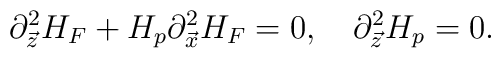
\partial^{2}_{\vec{z}}H_{F}+H_{p}\partial^{2}_{\vec{x}}H_{F}=0, \ \ \ \partial^2_{\vec{z}}H_p=0.